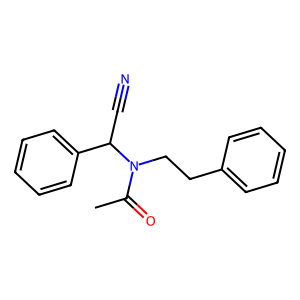
SMILES: CC(=O)N(CCc1ccccc1)C(C#N)c1ccccc1
Inhibits HIV replication: No